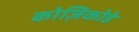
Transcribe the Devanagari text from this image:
कोज़िकोडे